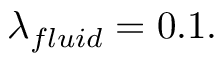
\lambda _ { f l u i d } = 0 . 1 .